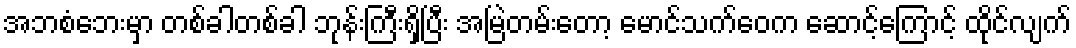
အဘစံဘေးမှာ တစ်ခါတစ်ခါ ဘုန်းကြီးရှိပြီး အမြဲတမ်းတော့ မောင်သက်ဝေက ဆောင့်ကြောင့် ထိုင်လျက်